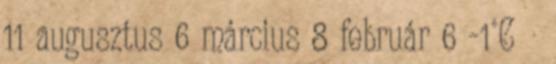
11 augusztus 6 március 8 február 6 -1°C